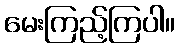
မေးကြည့်ကြပါ။